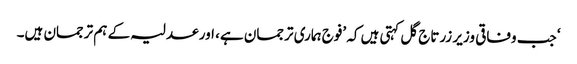
‘ جب وفاقی وزیر زرتاج گل کہتی ہیں کہ ’فوج ہماری ترجمان ہے، اور عدلیہ کے ہم ترجمان ہیں۔